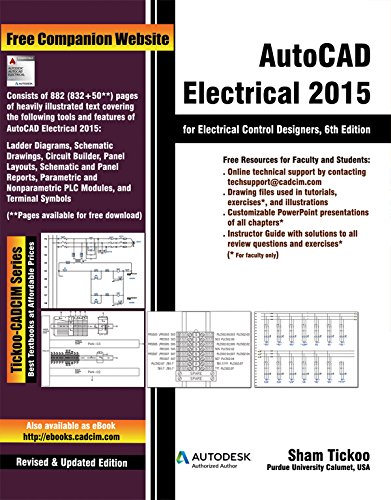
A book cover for AutoCAD Electrical 2015 for Electrical Control Designers; Prof. Sham Tickoo Purdue Univ.; Computers & Technology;